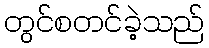
တွင်စတင်ခဲ့သည်